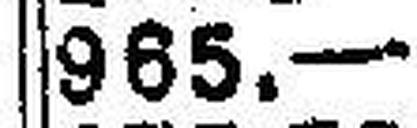
965.—